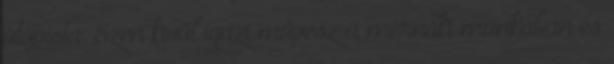
utópista. Ezen kívül igazi művész a mérnöki munkában és